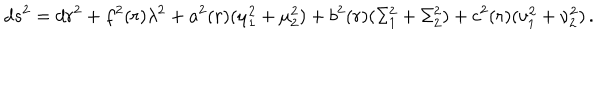
d s ^ { 2 } = d r ^ { 2 } + f ^ { 2 } ( r ) \lambda ^ { 2 } + a ^ { 2 } ( r ) ( \mu _ { 1 } ^ { 2 } + \mu _ { 2 } ^ { 2 } ) + b ^ { 2 } ( r ) ( \Sigma _ { 1 } ^ { 2 } + \Sigma _ { 2 } ^ { 2 } ) + c ^ { 2 } ( r ) ( \nu _ { 1 } ^ { 2 } + \nu _ { 2 } ^ { 2 } ) \, .